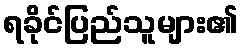
ရခိုင်ပြည်သူများ၏